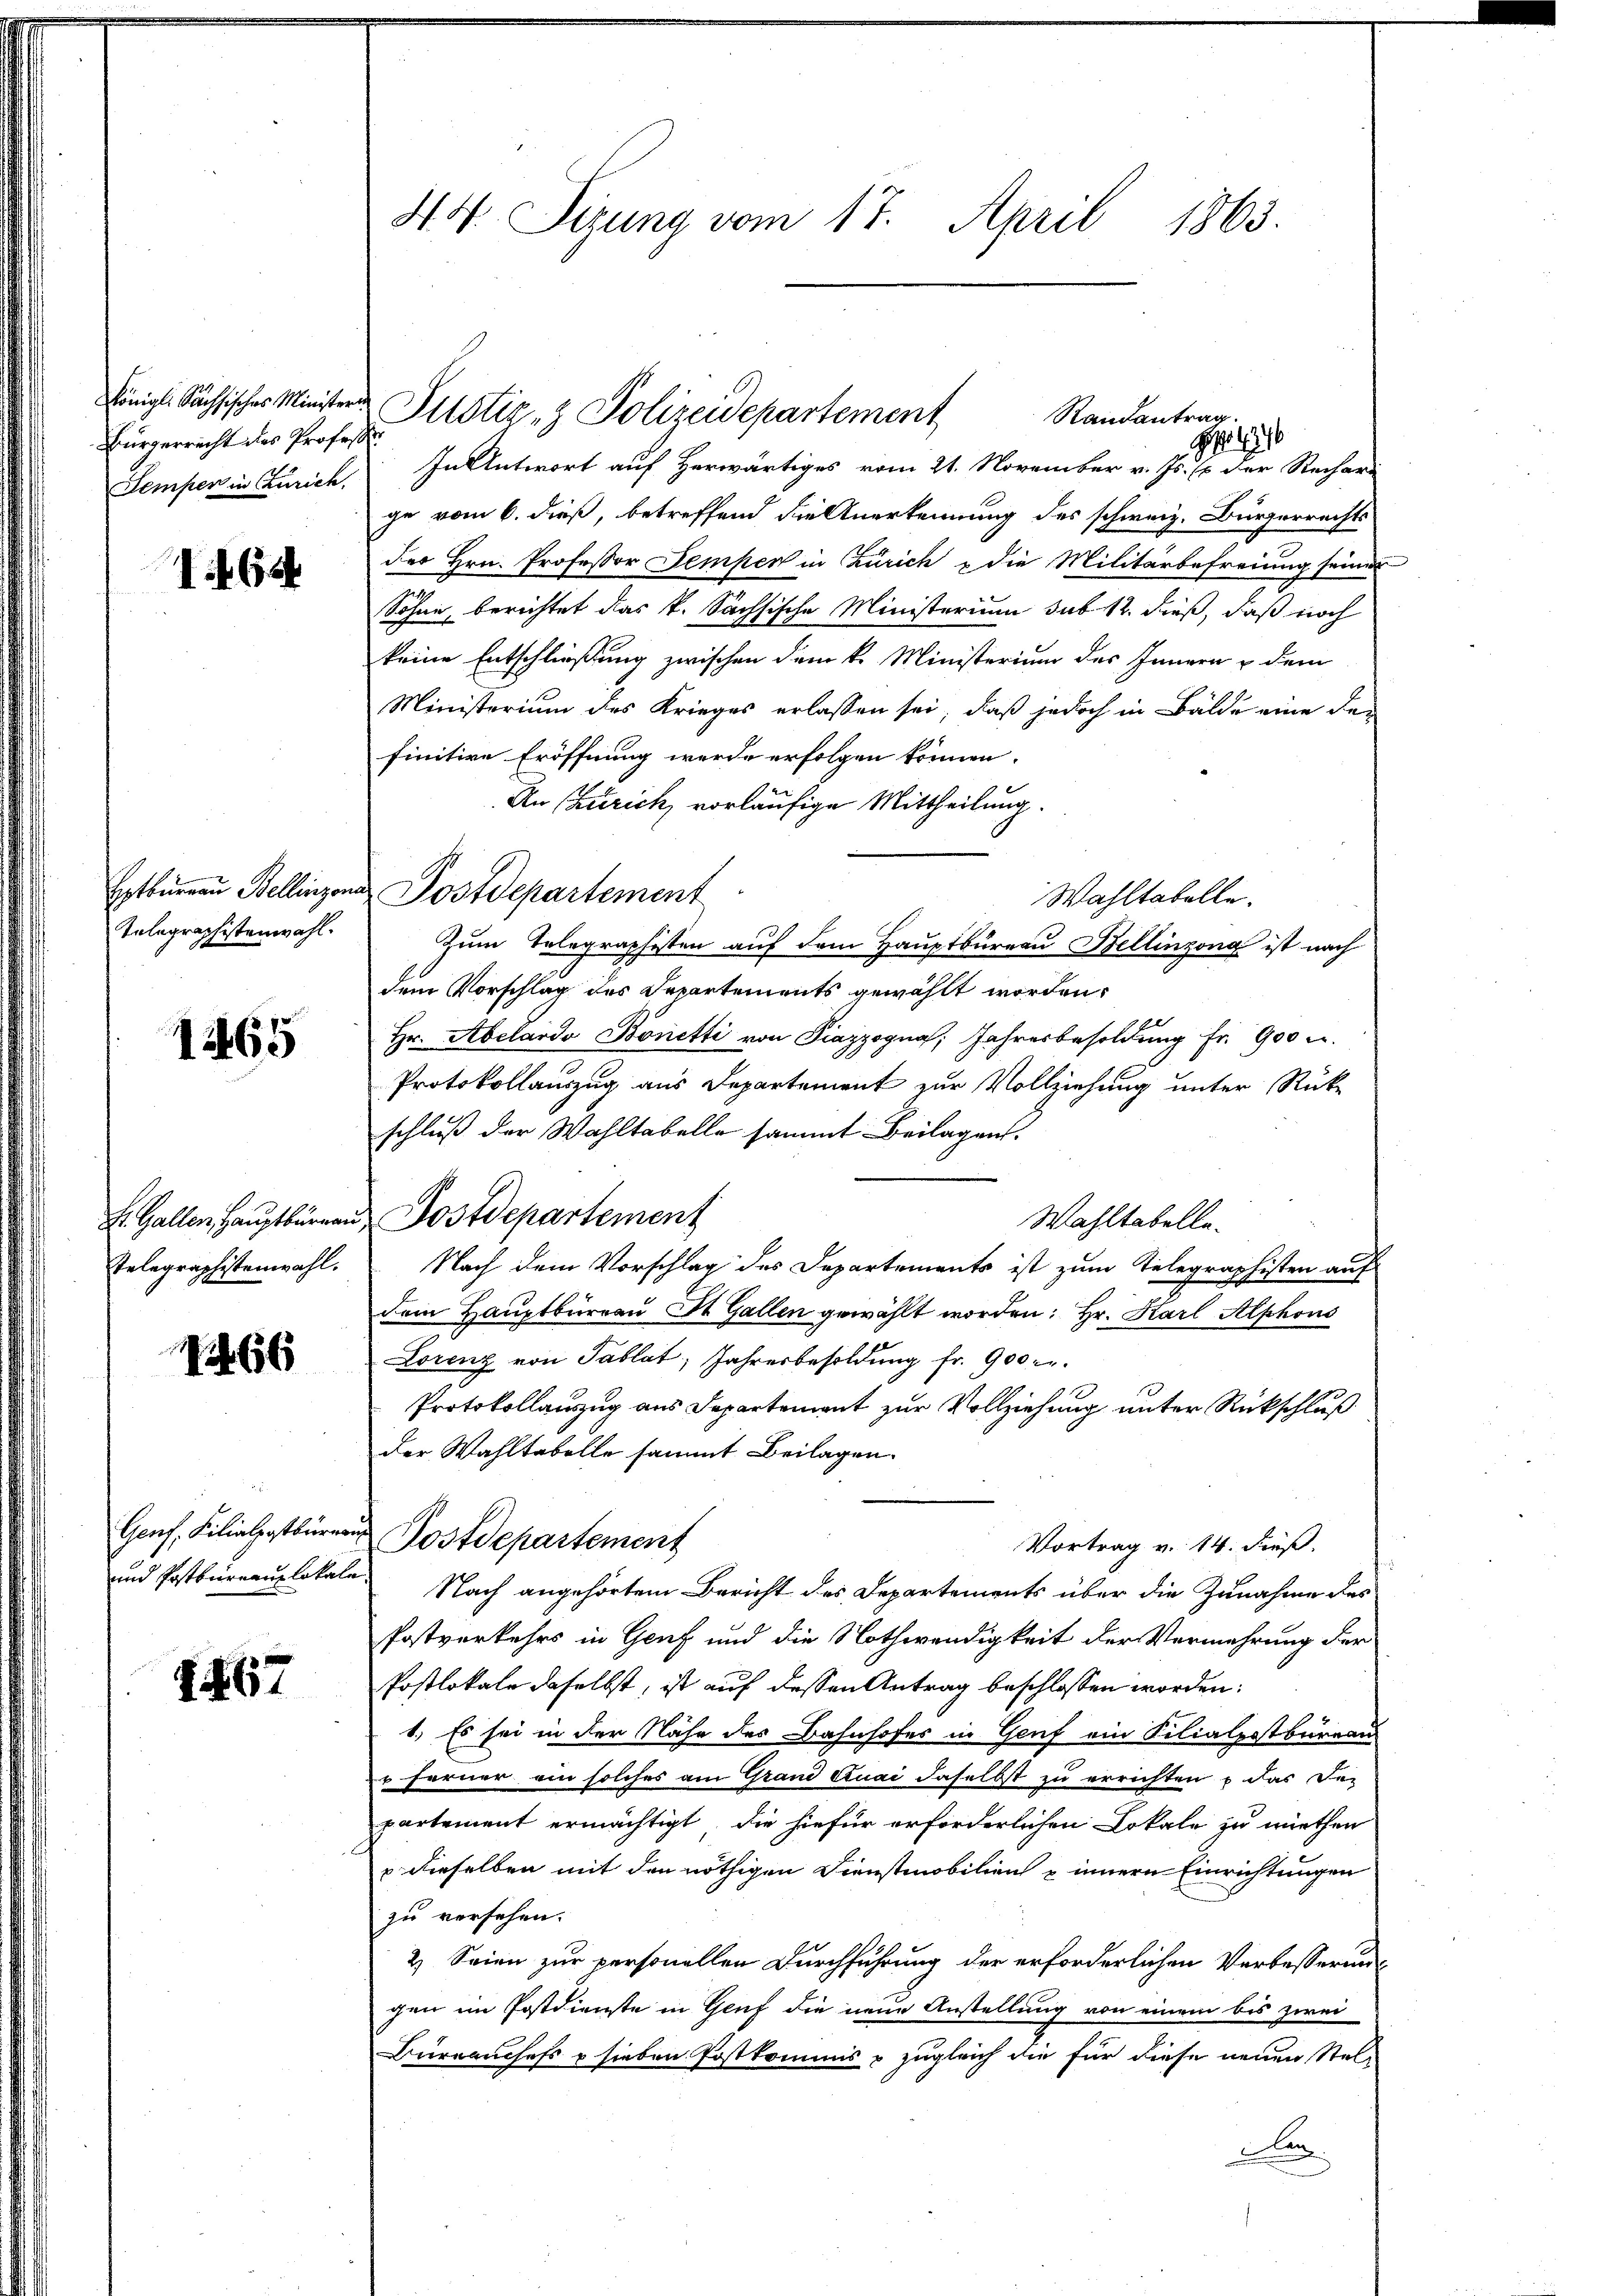
Bürgerrecht des Professor
Semper in Zürich,

164

Telegraphistenwahl.

1465

Telegraphistenwahl.

1466

und Postbureaulokale

1467

In Antwort auf Herwärtiges vom 21. November v. Js. Er der Rechari
ge vom 6. dieß, betreffend die Anerkennung des schweiz. Bürgerrechts
der Hrn. Professor Sempen in Zürich & die Militärbefreiung seiner
Söhne, berichtet das k. Sächsische Ministerium sub 12. dieß, daß noch
keine Entschließung zwischen dem k. Ministerium des Innern & dem
Ministerium des Krieges erlassen sei, daß jedoch in Bälde eine den
finitive Eröffnung werde erfolgen können.
An Churich, vorläufige Mittheilung.
Wahltabelle.
Zum Telegraphisten auf dem Hauptbüreau Bellinzona ist nach
dem Vorschlag des Departements gewählt worden.
Hr. Abelardo Bonetti von Piazzogna, Jahresbesoldung fr. 900 u.
Protokollauszug aus Departement zur Vollziehung unter Rück-
schluß der Wahltabelle sammt Beilagen.
S. Gallen, Hauptbürgen Postdepartement
Wahltabelle¬
Nach dem Vorschlag des Departements ist zum Telegraphisten auf
dem Hauptbüreau St. Gallen gewählt worden: Hr. Karl Alphons
Lorenz von Tablat, Jahresbesoldung fr. 900 r.
Protokollauszug aus Departement zur Vollziehung unter Rückschluß
der Wahltabelle sammt Beilagen.
Genf, Filialpostbüren Postdepartement
Vortrag v. 14. dieß.
Nach angehörtem Bericht des Departements über die Zunahme des
Postverkehrs in Genf und die Nothwendigkeit der Vermehrung der
Postlokale daselbst, ist auf dessen Antrag beschlossen worden:
1.) Es sei in der Nähe des Bahnhofes in Genf ein Filialpostbureau
r Ferner ein solches am Grand Quai daselbst zu errichten, das De-
partement ermächtigt, die hiefür erforderlichen Lokale zu miethen
u dieselben mit den nöthigen Dienstmobilien & innern Einrichtungen
zu versehen.
2) Seien zur personellen Durchführung der erforderlichen Verbesserung
gen im Postdienste in Genf die neue Anstellung von einem bis zwei
Burrauchefs u sieben Postkommis & zugleich die für diese neuen Stelan

44. Sizung vom 17. April 1863.

Königl. Sächsischer Minister Justiz- & Polizeidepartement
Rautantrag.
H

Ertbureau Bellinzona Postdepartement